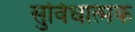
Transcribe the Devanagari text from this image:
सुविधात्मक